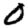
Digit: 0